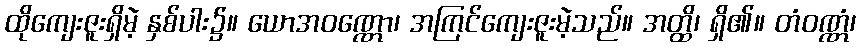
ထိုကျေးဇူးရှိမဲ့ နှစ်ပါး၌။ ယောအဝဏ္ဏော၊ အကြင်ကျေးဇူးမဲ့သည်။ အတ္ထိ၊ ရှိ၏။ တံဝဏ္ဏံ၊